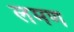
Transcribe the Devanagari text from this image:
लमण